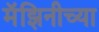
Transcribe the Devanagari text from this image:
मॅझिनीच्या